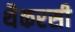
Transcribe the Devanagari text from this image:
थैकरसी